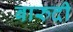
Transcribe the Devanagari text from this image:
बारुदी